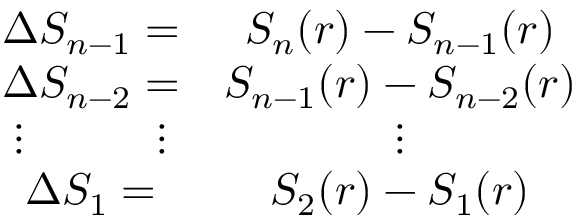
\begin{array} { c c } { \Delta S _ { n - 1 } = } & { S _ { n } ( r ) - S _ { n - 1 } ( r ) } \\ { \Delta S _ { n - 2 } = } & { S _ { n - 1 } ( r ) - S _ { n - 2 } ( r ) } \\ { \vdots \quad \qquad \vdots } & { \vdots } \\ { \Delta S _ { 1 } = } & { S _ { 2 } ( r ) - S _ { 1 } ( r ) } \end{array}